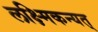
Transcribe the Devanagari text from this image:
लक्ष्मिकन्यत्